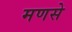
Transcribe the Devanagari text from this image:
मणसे